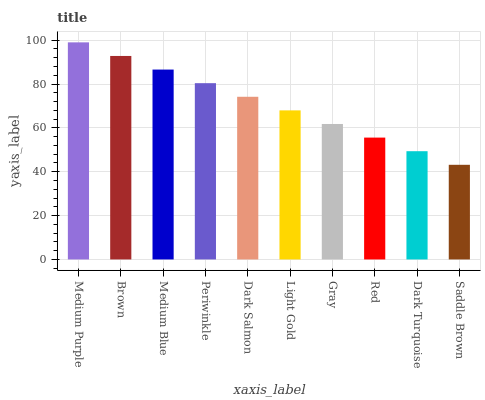
| xaxis_label | bars |
 | --- | --- |
 | Medium Purple | 99 |
 | Brown | 92.8 |
 | Medium Blue | 86.6 |
 | Periwinkle | 80.4 |
 | Dark Salmon | 74.2 |
 | Light Gold | 68 |
 | Gray | 61.8 |
 | Red | 55.6 |
 | Dark Turquoise | 49.4 |
 | Saddle Brown | 43.2 |